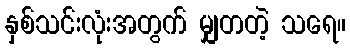
နှစ်သင်းလုံးအတွက် မျှတတဲ့ သရေ။